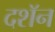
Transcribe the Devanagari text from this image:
दशॅन